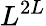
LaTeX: L^{2L}